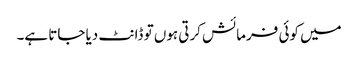
میں کوئی فرمائش کرتی ہوں تو ڈانٹ دیا جاتا ہے۔